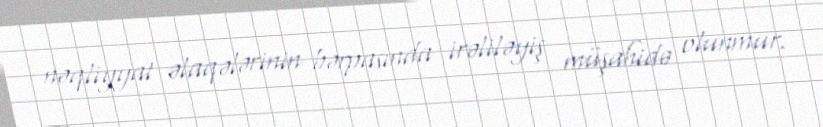
nəqliyyat əlaqələrinin bərpasında irəliləyiş müşahidə olunmur.